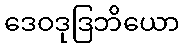
ဒေဝဒုဒြဘိယော